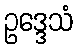
ဥဒ္ဒေသံ